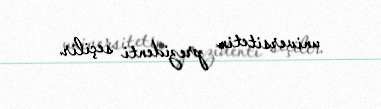
universitetin prezidenti seçilir.